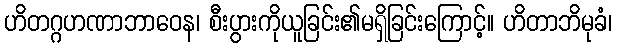
ဟိတဂ္ဂဟဏာဘာဝေန၊ စီးပွားကိုယူခြင်း၏မရှိခြင်းကြောင့်။ ဟိတာဘိမုခံ၊